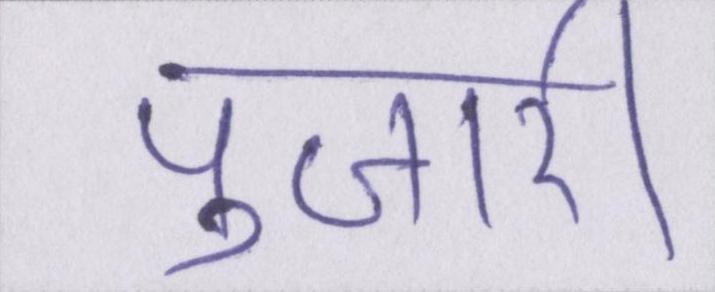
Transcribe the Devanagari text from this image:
पुजारी